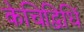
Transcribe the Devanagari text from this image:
केचिद्विधिं